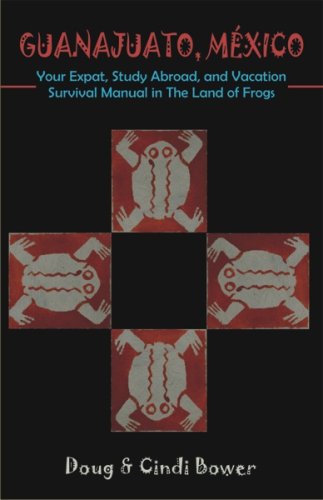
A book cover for Guanajuato, Mexico: Your Expat, Study Abroad, and Vacation Survival Manual in the Land of Frogs; Doug Bower; Travel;